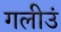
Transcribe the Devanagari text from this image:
गलीउं